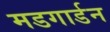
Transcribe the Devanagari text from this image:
मडगार्डन